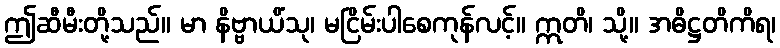
ဤဆီမီးတို့သည်။ မာ နိဗ္ဗာယိံသု၊ မငြိမ်းပါစေကုန်လင့်။ ဣတိ၊ သို့။ အဓိဋ္ဌတိကိရ၊